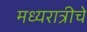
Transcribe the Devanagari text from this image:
मध्यरात्रीचे